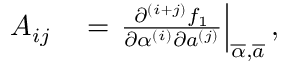
\begin{array} { r l } { A _ { i j } } & { { } = \left. \frac { \partial ^ { ( i + j ) } f _ { 1 } } { \partial \alpha ^ { ( i ) } \partial a ^ { ( j ) } } \right| _ { \overline { { \alpha } } , \overline { { a } } } , } \end{array}